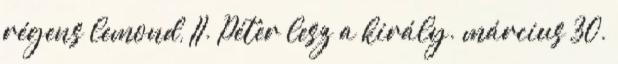
régens lemond, II. Péter lesz a király. március 30.